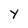
Character: y